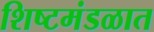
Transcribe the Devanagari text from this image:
शिष्टमंडळात